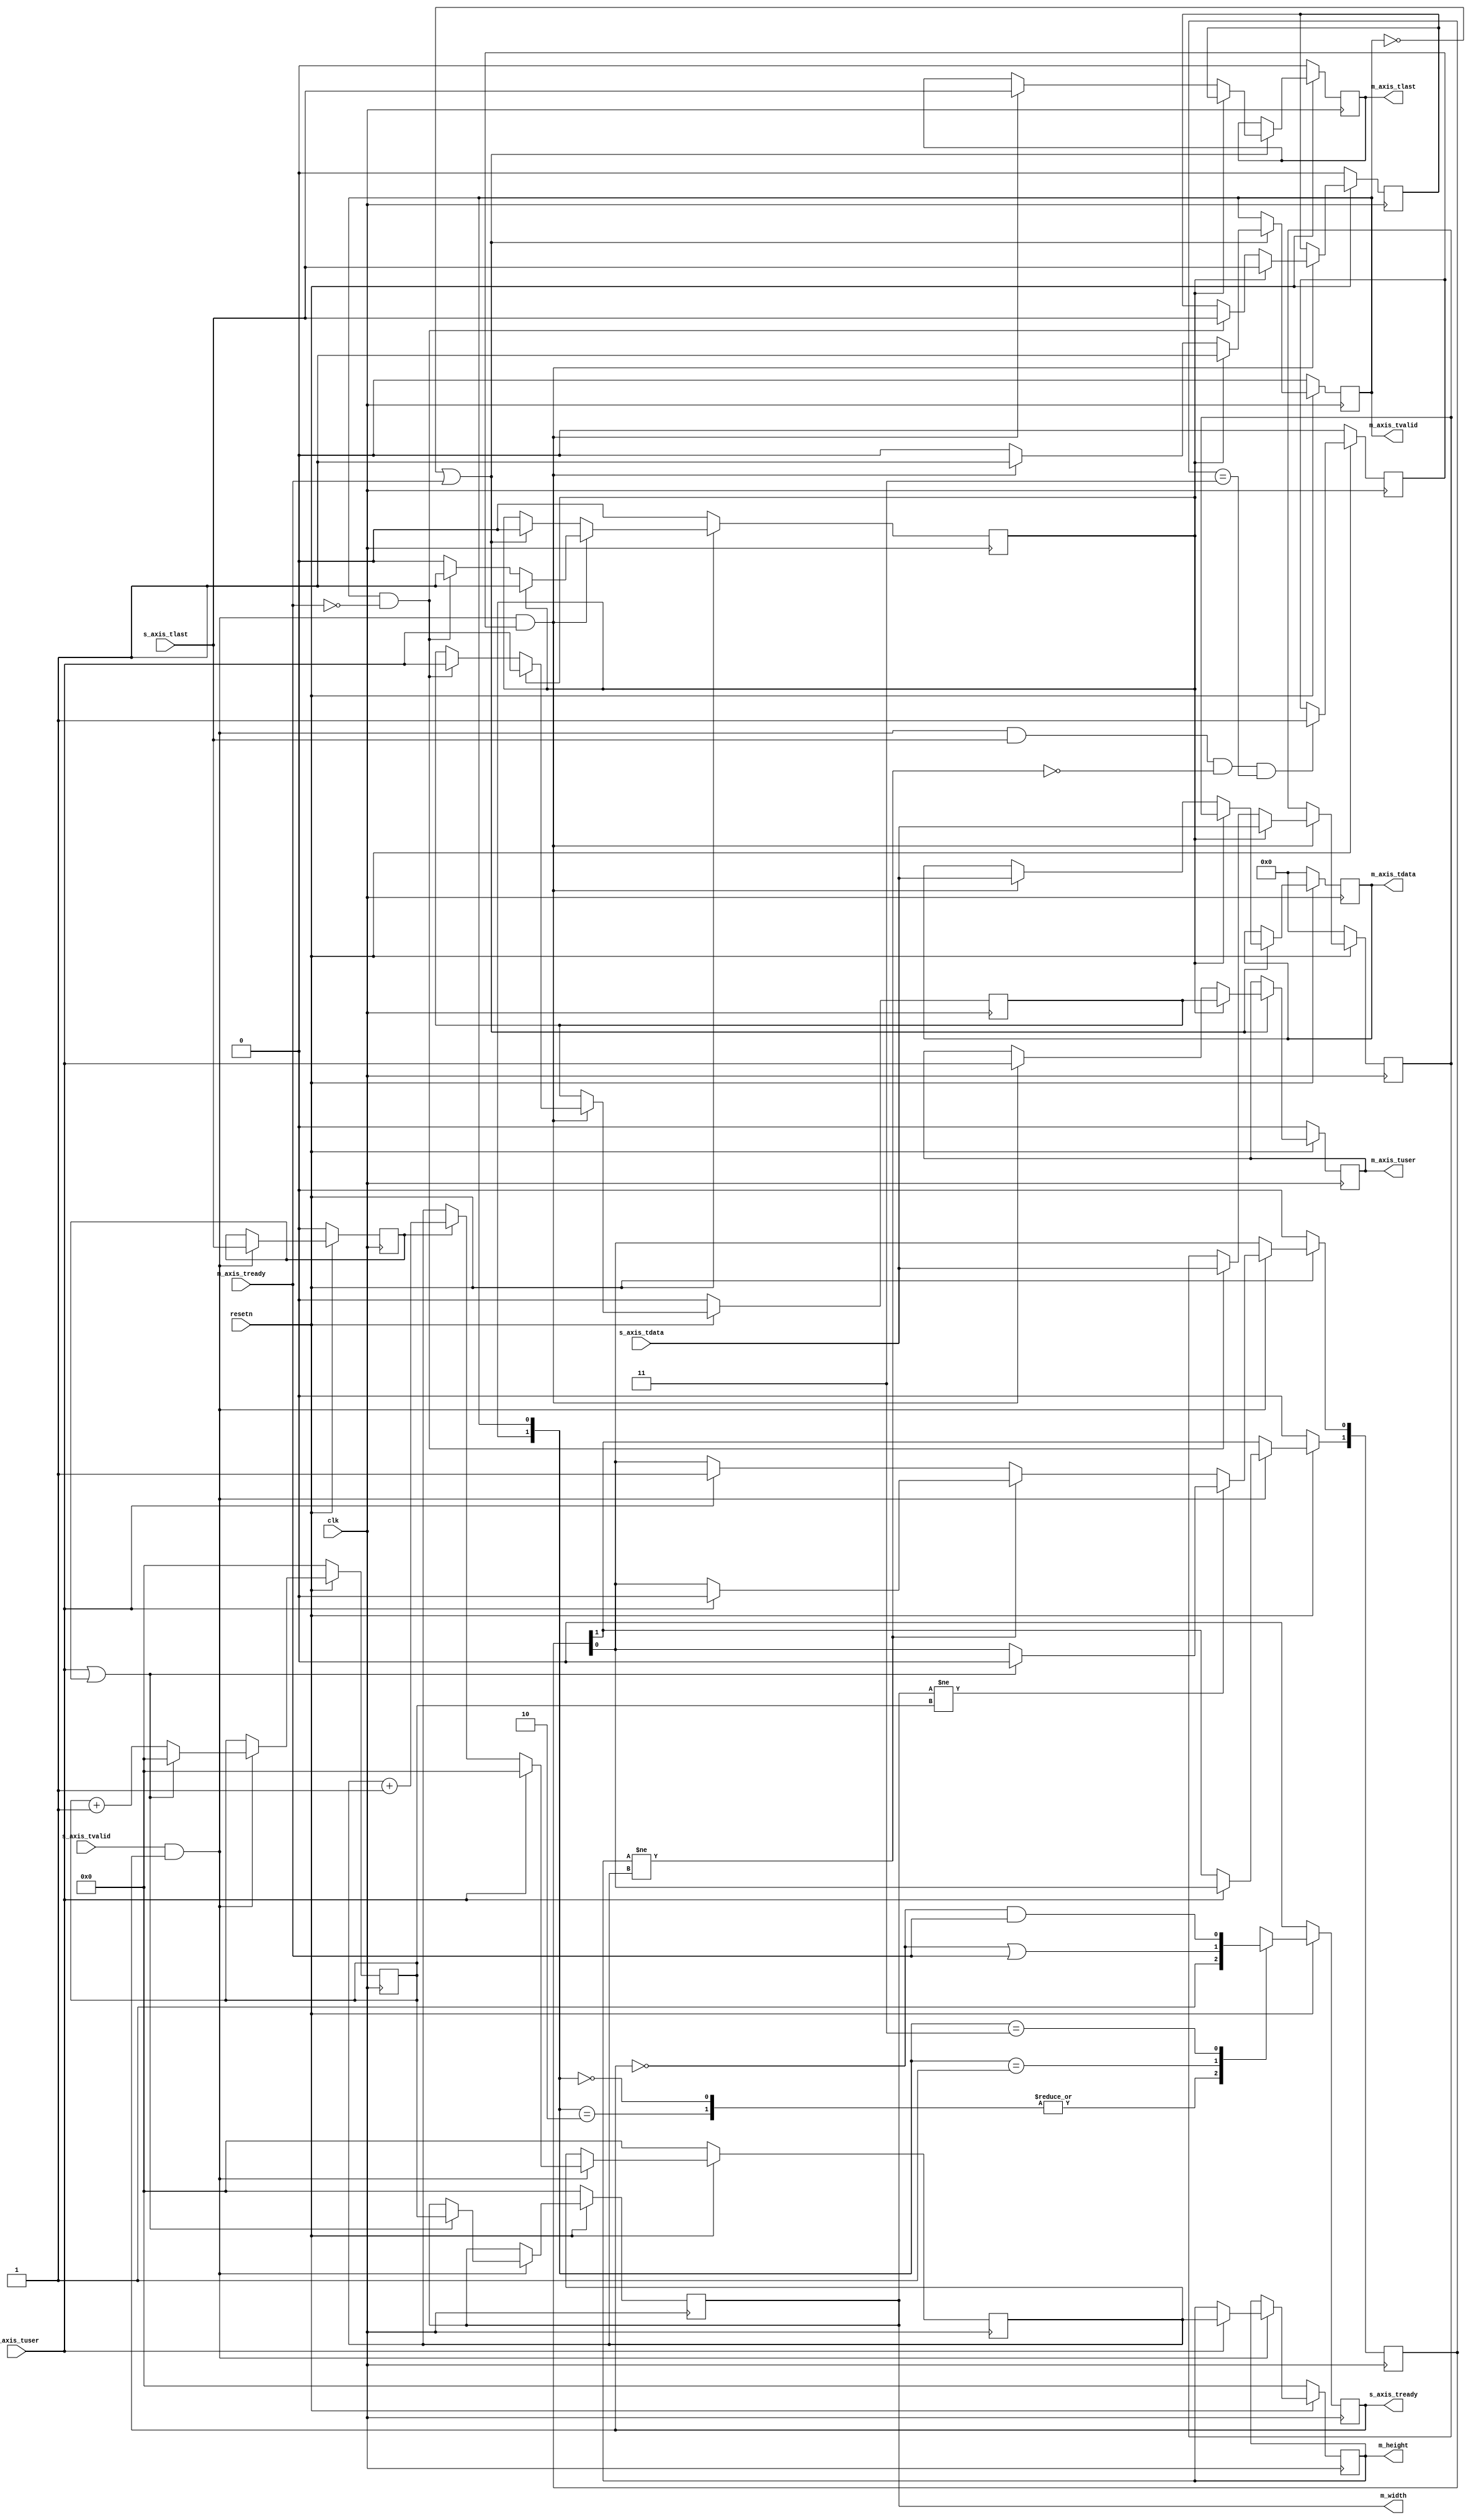
`timescale 1ns / 1ps
//////////////////////////////////////////////////////////////////////////////////
// Company:
// Engineer:
//
// Design Name:
// Module Name: scaler
// Project Name:
// Target Devices:
// Tool Versions:
// Description:
//
// Dependencies:
//
// Revision:
// Revision 0.01 - File Created
// Additional Comments:
//
//////////////////////////////////////////////////////////////////////////////////
module axis_reshaper #
(
	parameter integer C_PIXEL_WIDTH = 8,
	parameter integer C_LOCK_FRAMES = 2,
	parameter integer C_WIDTH_BITS = 12,
	parameter integer C_HEIGHT_BITS = 12
) (
	input  wire clk,
	input  wire resetn,

	input  wire s_axis_tvalid,
	input  wire [C_PIXEL_WIDTH-1:0] s_axis_tdata,
	input  wire s_axis_tuser,
	input  wire s_axis_tlast,
	output reg  s_axis_tready,

	output wire m_axis_tvalid,
	output wire [C_PIXEL_WIDTH-1:0] m_axis_tdata,
	output wire m_axis_tuser,
	output wire m_axis_tlast,
	input  wire m_axis_tready,

	output wire [C_WIDTH_BITS-1:0] m_width,
	output wire [C_HEIGHT_BITS-1:0]m_height
);
	reg                     relay_tvalid[1:0];
	reg [C_PIXEL_WIDTH-1:0] relay_tdata[1:0];
	reg                     relay_tuser[1:0];
	reg                     relay_tlast[1:0];

	wire snext;
	assign snext = s_axis_tvalid && s_axis_tready;

	assign m_axis_tvalid = relay_tvalid[0];
	assign m_axis_tdata = relay_tdata[0];
	assign m_axis_tlast = relay_tlast[0];
	assign m_axis_tuser = relay_tuser[0];

	/// check locked
	reg [C_WIDTH_BITS-1:0]  width_last;
	reg [C_WIDTH_BITS-1:0]  width_cur;
	wire width_mismatch;
	wire width_valid;
	reg[C_LOCK_FRAMES-1:0] lock_sta;
	reg [C_HEIGHT_BITS-1:0] height_last;
	reg [C_HEIGHT_BITS-1:0] height_cur;
	wire height_mismatch;
	wire height_valid;
	assign width_mismatch = (width_last != width_cur);
	assign width_valid = (width_last != 0);
	assign height_mismatch = (height_last != height_cur);
	assign height_valid = (height_last != 0);
	assign m_width = width_last;
	assign m_height = height_last;

	reg locked;
	wire store_en;
	assign store_en = snext && locked;
	reg last_last;
	always @ (posedge clk) begin
		if (resetn == 1'b0)
			last_last <= 0;
		else if (snext)
			last_last <= s_axis_tlast;
	end
	always @ (posedge clk) begin
		if (resetn == 1'b0) begin
			width_cur <= 0;
			width_last  <= 0;
		end
		else if (snext) begin
			if (s_axis_tuser || last_last) begin
				width_cur  <= 0;
				width_last <= width_cur;
			end
			else begin
				width_cur  <= width_cur + 1;
				width_last <= width_last;
			end
		end
	end
	always @ (posedge clk) begin
		if (resetn == 1'b0) begin
			height_cur  <= 0;
			height_last <= 0;
		end
		else if (snext) begin
			if (s_axis_tuser) begin
				height_cur <= 0;
				height_last <= height_cur;
			end
			else if (last_last)
				height_cur <= height_cur + 1;
		end
	end
	always @ (posedge clk) begin
		if (resetn == 1'b0)
			lock_sta <= 0;
		else if (snext) begin
			if (s_axis_tuser)
				lock_sta[C_LOCK_FRAMES-1:1] <= lock_sta[C_LOCK_FRAMES-2:0];

			if (width_mismatch) begin
				if (s_axis_tuser || last_last)
					lock_sta[0] <= 0;
			end
			else if (height_mismatch) begin
				if (s_axis_tuser)
					lock_sta[0] <= 0;
			end
			else if (s_axis_tuser)
				lock_sta[0] <= 1;
		end
	end
	always @ (posedge clk) begin
		if (resetn == 1'b0)
			locked <= 0;
		else if (snext && s_axis_tlast && !height_mismatch && (lock_sta == {C_LOCK_FRAMES{1'b1}}))
			locked <= 1;
	end
//////////////////// detect end ///////////////////////////////////////
	always @ (posedge clk) begin
		if (resetn == 1'b0) begin
			relay_tvalid[1] <= 0;
			relay_tdata[1] <= 0;
			relay_tuser[1] <= 0;
			relay_tlast[1] <= 0;
		end
		else if (store_en) begin
			if (relay_tvalid[1]) begin
				relay_tvalid[1] <= 1;
				relay_tdata[1] <= s_axis_tdata;
				relay_tuser[1] <= s_axis_tuser;
				relay_tlast[1] <= s_axis_tlast;
			end
			else if (relay_tvalid[0] && ~m_axis_tready) begin
				relay_tvalid[1] <= 1;
				relay_tdata[1] <= s_axis_tdata;
				relay_tuser[1] <= s_axis_tuser;
				relay_tlast[1] <= s_axis_tlast;
			end
			else
				relay_tvalid[1] <= 0;
		end
		else if (~relay_tvalid[0] || m_axis_tready) begin
			relay_tvalid[1] <= 0;
		end
	end

	always @ (posedge clk) begin
		if (resetn == 1'b0) begin
			relay_tvalid[0] <= 0;
			relay_tdata[0] <= 0;
			relay_tuser[0] <= 0;
			relay_tlast[0] <= 0;
		end
		else if (~relay_tvalid[0] || m_axis_tready) begin
			if (relay_tvalid[1]) begin
				relay_tvalid[0] <= 1;
				relay_tdata[0] <= relay_tdata[1];
				relay_tuser[0] <= relay_tuser[1];
				relay_tlast[0] <= relay_tlast[1];
			end
			else if (store_en) begin
				relay_tvalid[0] <= 1;
				relay_tdata[0] <= s_axis_tdata;
				relay_tuser[0] <= s_axis_tuser;
				relay_tlast[0] <= s_axis_tlast;
			end
			else begin
				relay_tvalid[0] <= 0;
			end
		end
	end

	always @ (posedge clk) begin
		if (resetn == 1'b0)
			s_axis_tready <= 0;
		else begin
			case ({relay_tvalid[1], relay_tvalid[0]})
			2'b00, 2'b10:
				s_axis_tready <= 1;
			2'b01:
				s_axis_tready <= (~s_axis_tready || m_axis_tready);
			2'b11:
				s_axis_tready <= (~s_axis_tready && m_axis_tready);
			endcase
		end
	end

endmodule